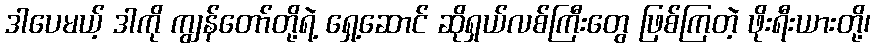
ဒါပေမယ့် ဒါကို ကျွန်တော်တို့ရဲ့ ရှေ့ဆောင် ဆိုရှယ်လစ်ကြီးတွေ ဖြစ်ကြတဲ့ ဖိုးရီးယားတို့၊